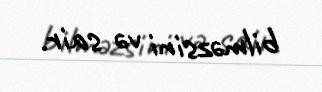
bilməzsini və sair.